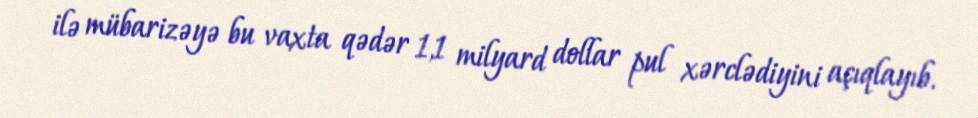
ilə mübarizəyə bu vaxta qədər 1,1 milyard dollar pul xərclədiyini açıqlayıb.